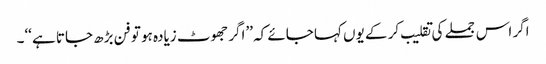
اگر اس جملے کی تقلیب کر کے یوں کہا جائے کہ ’’اگر جھوٹ زیادہ ہو تو فن بڑھ جاتا ہے ‘‘۔